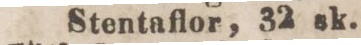
Stentaflor, 32 sk.